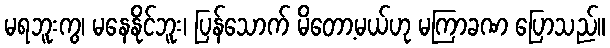
မရဘူးကွ၊ မနေနိုင်ဘူး၊ ပြန်သောက် မိတော့မယ်ဟု မကြာခဏ ပြောသည်။